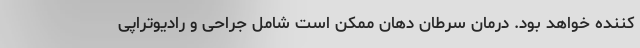
کننده خواهد بود. درمان سرطان دهان ممکن است شامل جراحی و رادیوتراپی